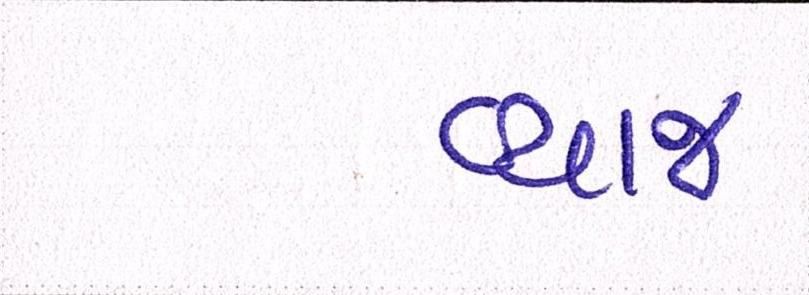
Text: વ્યાજ